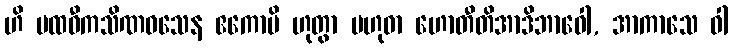
ဟိ ပထဝီကသိဏဝသေန ဧကောပိ ဟုတွာ ဗဟုဓာ ဟောတီတိအာဒိဘာဝေါ, အာကာသေ ဝါ